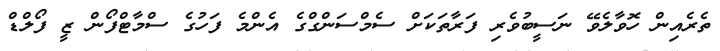
ތެރެއިން ހޮވާލެވޭ ނަސީބުވެރި ފަރާތަކަށް ސެމްސަންގްގެ އެންމެ ފަހުގެ ސްމާޓްފޯން ޒީ ފޯލްޑް